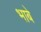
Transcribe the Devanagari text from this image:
भाबे